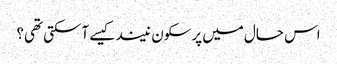
اس حال میں پرسکون نیند کیسے آسکتی تھی؟